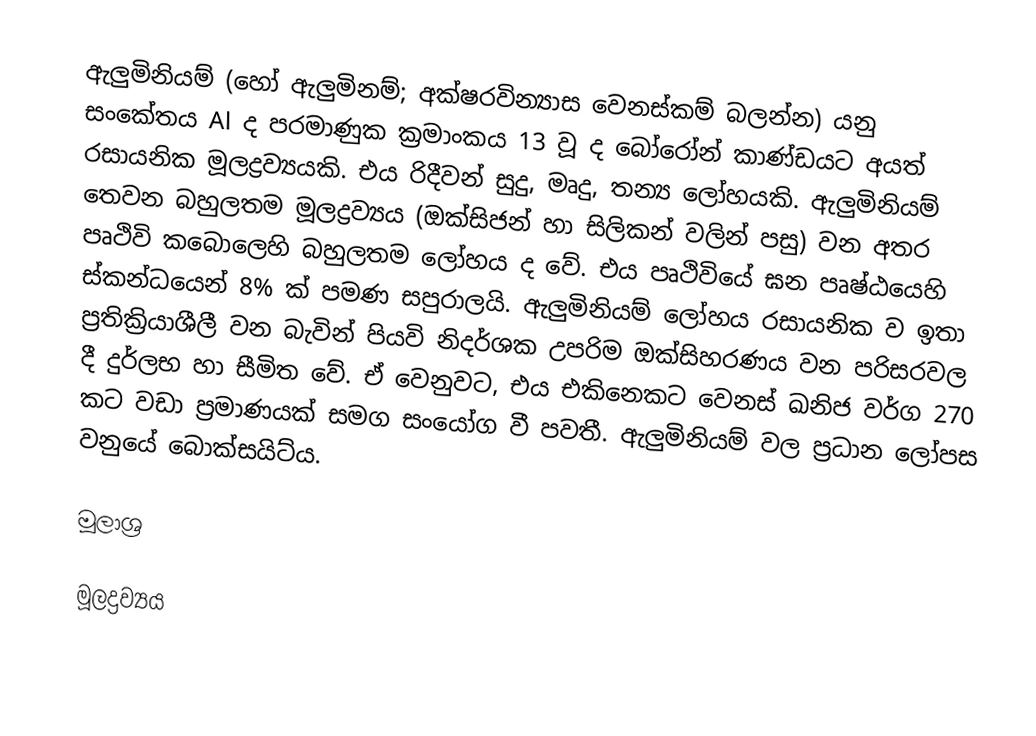
ඇලුමිනියම් (හෝ ඇලුමිනම්; අක්ෂරවින්‍යාස වෙනස්කම් බලන්න) යනු සංකේතය Al ද පරමාණුක ක්‍රමාංකය 13 වූ ද බෝරෝන් කාණ්ඩයට අයත් රසායනික මූලද්‍රව්‍යයකි. එය රිදීවන් සුදු, මෘදු, තන්‍ය ලෝහයකි. ඇලුමිනියම් තෙවන බහුලතම මූලද්‍රව්‍යය (ඔක්සිජන් හා සිලිකන් වලින් පසු) වන අතර පෘථිවි කබොලෙහි බහුලතම ලෝහය ද වේ. එය පෘථිවියේ ඝන පෘෂ්ඨයෙහි ස්කන්ධයෙන් 8% ක් පමණ සපුරාලයි. ඇලුමිනියම් ලෝහය රසායනික ව ඉතා ප්‍රතික්‍රියාශීලී වන බැවින් පියවි නිදර්ශක උපරිම ඔක්සිහරණය වන පරිසරවල දී දුර්ලභ හා සීමිත වේ. ඒ වෙනුවට, එය එකිනෙකට වෙනස් ඛනිජ වර්ග 270 කට වඩා ප්‍රමාණයක් සමග සංයෝග වී පවතී. ඇලුමිනියම් වල ප්‍රධාන ලෝපස වනුයේ බොක්සයිට්ය.

මූලාශ්‍ර

මූලද්‍රව්‍යය